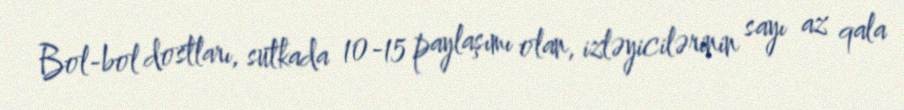
Bol-bol dostları, sutkada 10-15 paylaşımı olan, izləyicilərinin sayı az qala